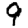
Digit: 9